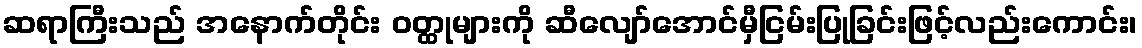
ဆရာကြီးသည် အနောက်တိုင်း ဝတ္ထုများကို ဆီလျော်အောင်မှီငြမ်းပြုခြင်းဖြင့်လည်းကောင်း၊